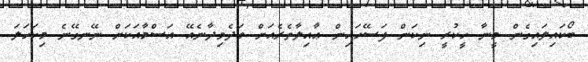
ބޯކައިލައިގެން މީނާ ހީކުރީ ނިކަން ފަސޭހައިން ޢާއިލާތެރެއަށް ވަދެވިދާނެއޭ އަސްމާއަކަށް ނޭނގޭނެ މިކަހަލަ